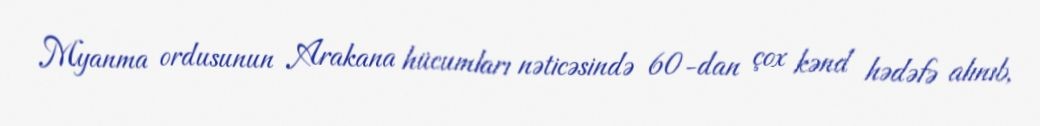
Myanma ordusunun Arakana hücumları nəticəsində 60-dan çox kənd hədəfə alınıb,